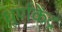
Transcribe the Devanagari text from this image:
धूर्णकेंद्र